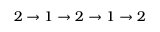
2 \rightarrow 1 \rightarrow 2 \rightarrow 1 \rightarrow 2